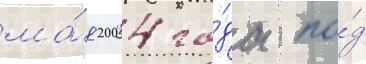
ма́я 2004 го́да по́д